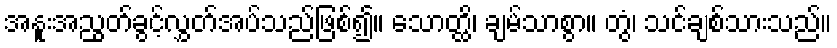
အနူးအညွတ်ခွင့်လွှတ်အပ်သည်ဖြစ်၍။ သောတ္ထိ၊ ချမ်သာစွာ။ တွံ၊ သင်ချစ်သားသည်။